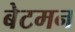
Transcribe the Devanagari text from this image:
बेटमन